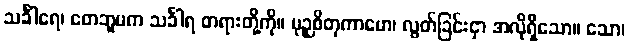
သင်္ခါရေ၊ တေဘူမက သင်္ခါရ တရားတို့ကို။ မုဉှစိတုကာမော၊ လွတ်ခြင်းငှာ အလိုရှိသော။ သော၊